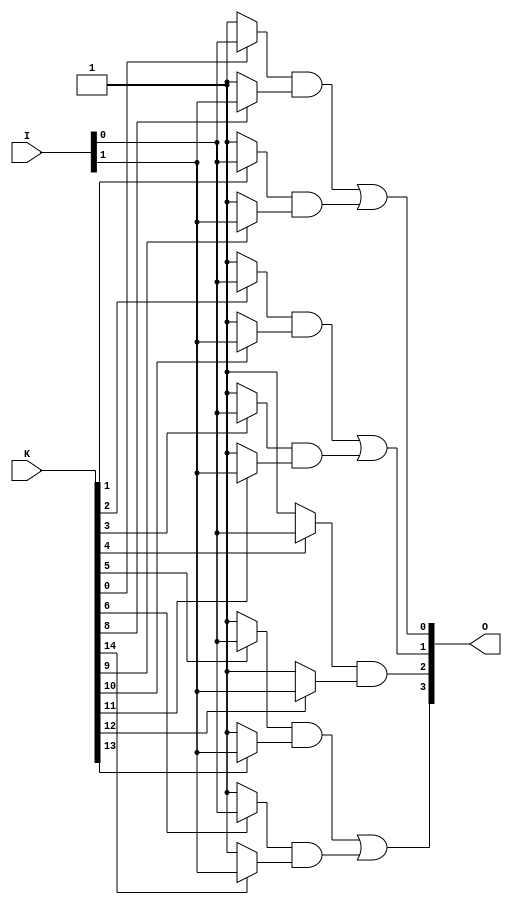
module GAL (
    input  wire [N-1:0] I,   // Input lines (N inputs)
    input  wire [M-1:0] K,   // Configuration inputs (for AND/OR select)
    output wire [P-1:0] O    // Output lines (P outputs)
);
    parameter N = 8; // Number of inputs
    parameter M = 16; // Number of AND gates
    parameter P = 4; // Number of outputs

    // Internal wires for AND gate outputs
    wire [M-1:0] and_out;

    // AND Plane - Configurable AND gates
    generate
        genvar i;
        for (i = 0; i < M; i = i + 1) begin : and_gate
            // Each AND gate can be configured based on K
            assign and_out[i] = (K[i] ? I[0] : 1'b1) & 
                                (K[i + N] ? I[1] : 1'b1) & 
                                (K[i + 2*N] ? I[2] : 1'b1) & 
                                (K[i + 3*N] ? I[3] : 1'b1) &
                                (K[i + 4*N] ? I[4] : 1'b1) &
                                (K[i + 5*N] ? I[5] : 1'b1) &
                                (K[i + 6*N] ? I[6] : 1'b1) &
                                (K[i + 7*N] ? I[7] : 1'b1);
        end
    endgenerate

    // OR Plane - Outputs from AND gates
    generate
        genvar j;
        for (j = 0; j < P; j = j + 1) begin : or_gate
            // Example: Connect some AND outputs to OR gates
            assign O[j] = or_logic(j);
        end
    endgenerate

    // A function to define how AND outputs are combined to produce final outputs
    function or_logic(input [P-1:0] index);
        begin
            case(index)
                0: or_logic = and_out[0] | and_out[1]; // Example connection
                1: or_logic = and_out[2] | and_out[3]; // Example connection
                2: or_logic = and_out[4];                // Example connection
                3: or_logic = and_out[5] | and_out[6]; // Example connection
                default: or_logic = 1'b0;
            endcase
        end
    endfunction

endmodule